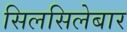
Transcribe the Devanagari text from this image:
सिलसिलेबार